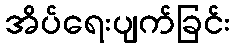
အိပ်ရေးပျက်ခြင်း